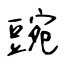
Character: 豌